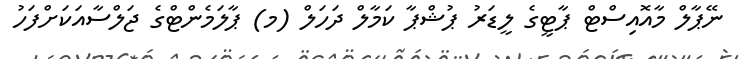
ނޭޕާލް މާއޮއިސްޓް ޕާޓީގެ ލީޑަރު ޕުޝްޕާ ކަމާލް ދަހަލް (މ) ޕާލަމެންޓްގެ ޖަލްސާއަކަށްފަހު